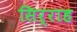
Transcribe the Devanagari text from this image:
सिर्राह